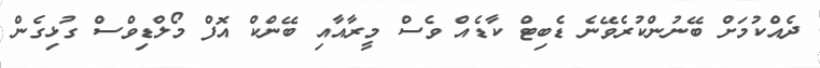
ދެއްކުމަށް ބޭނުންކުރެވޭނެ ޑެބިޓް ކާޑެއް ވެސް މީރާއާއި ބޭންކް އޮފް މޯލްޑިވްސް ގުޅިގެން